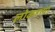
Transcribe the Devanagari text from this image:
लोकहत्त्या